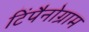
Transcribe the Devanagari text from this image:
टिंपैनोग्राम